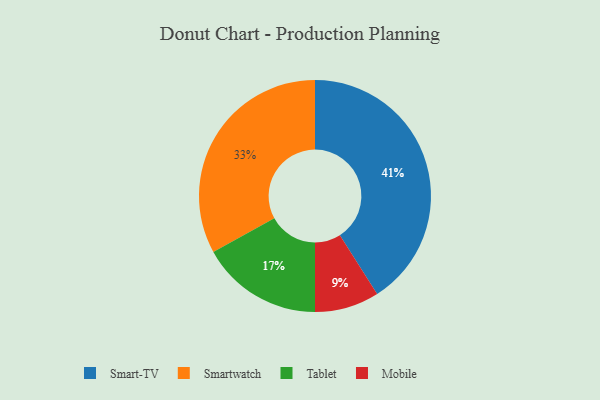
{"axis": {"x": "Category", "y": "Percentage"}, "legend": ["Mobile", "Smart-TV", "Smartwatch", "Tablet"], "data": [{"x": "Smart-TV", "y": 41, "type": "Smart-TV"}, {"x": "Tablet", "y": 17, "type": "Tablet"}, {"x": "Smartwatch", "y": 33, "type": "Smartwatch"}, {"x": "Mobile", "y": 9, "type": "Mobile"}]}